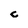
Character: c